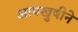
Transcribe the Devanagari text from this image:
आपखुषीने